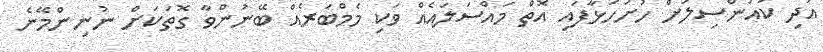
އަދި ކައުންސިލަށް ހުށަހަޅާފައި އޮތް މައްސަލައެއް ވަކި މެމްބަރެއް ބޭނުންވާ ގޮތަކަށް ނުނިންމޭނެ